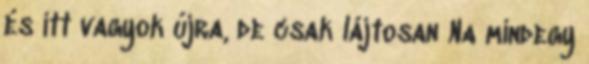
és itt vagyok újra, de csak lájtosan Na mindegy